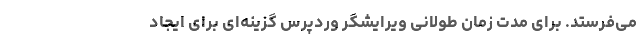
می‌فرستد. برای مدت زمان طولانی ویرایشگر وردپرس گزینه‌ای برای ایجاد